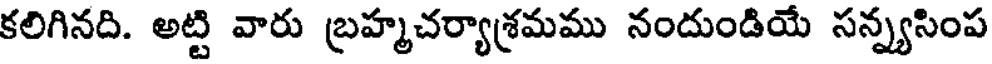
కలిగినది. అట్టి వారు బ్రహ్మచర్యాశ్రమము నందుండియే సన్న్యసింప